Scottish Leaving Certificate Examination, 1959
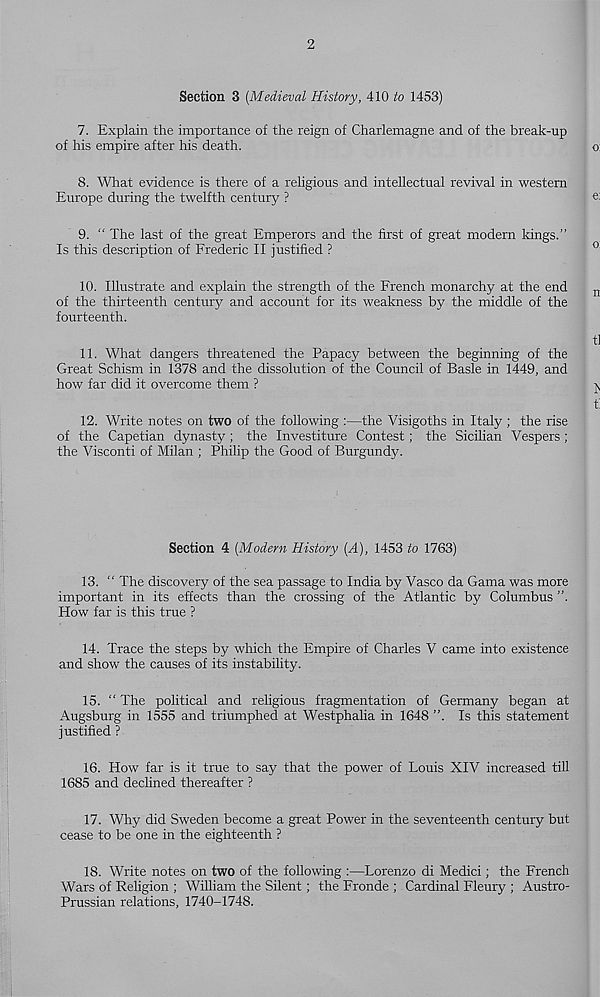
2
Section 3 [Medieval History, 410 to 1453)
7. Explain the importance of the reign of Charlemagne and of the break-up
of his empire after his death.
o:
8. What evidence is there of a religious and intellectual revival in western
Europe during the twelfth century ?
; «
9. “ The last of the great Emperors and the first of great modern kings.”
Is this description of Frederic II justified ?
0
10. Illustrate and explain the strength of the French monarchy at the end
n
of the thirteenth century and account for its weakness by the middle of the
fourteenth.
tl
11. What dangers threatened the Papacy between the beginning of the
Great Schism in 1378 and the dissolution of the Council of Basle in 1449, and
how far did it overcome them ?
^
t
12. Write notes on two of the following :—the Visigoths in Italy ; the rise
of the Capetian dynasty ; the Investiture Contest; the Sicilian Vespers;
the Visconti of Milan ; Philip the Good of Burgundy.
Section 4 [Modern History [A), 1453 to 1763)
13. “ The discovery of the sea passage to India by Vasco da Gama was more
important in its effects than the crossing of the Atlantic by Columbus ”.
How far is this true ?
14. Trace the steps by which the Empire of Charles V came into existence
and show the causes of its instability.
15. “The political and religious fragmentation of Germany began at
Augsburg in 1555 and triumphed at Westphalia in 1648 ”. Is this statement
justified ?
16. How far is it true to say that the power of Louis XIV increased till
1685 and declined thereafter ?
17. Why did Sweden become a great Power in the seventeenth century but
cease to be one in the eighteenth ?
18. Write notes on two of the following :—Lorenzo di Medici; the French
Wars of Religion ; William the Silent; the Fronde ; Cardinal Fleury ; Austro-
Prussian relations, 1740-1748.